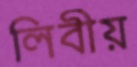
লিবীয়